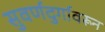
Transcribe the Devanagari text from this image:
सुवर्णदुर्गावरून